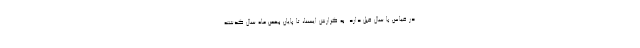
در قیاس با سال قبل دارد. به گزارش ایسنا، تا پایان بهمن ماه سال گذشته